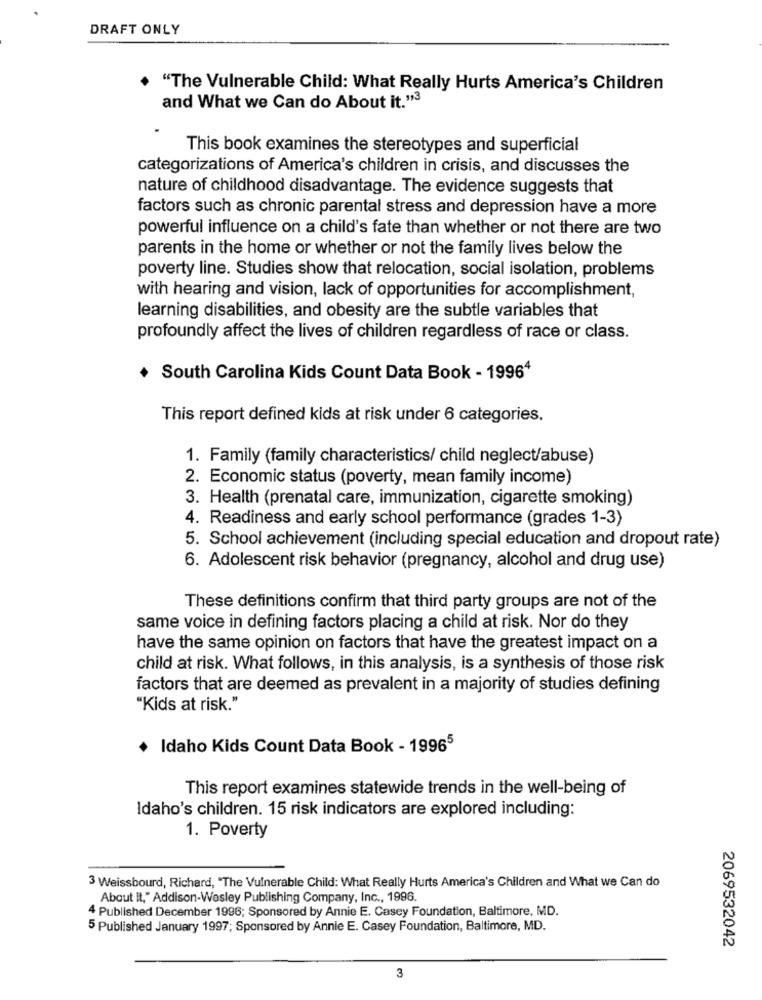
DRAFT ONLY
"The Vulnerable Child: What Really Hurts America's Children
and What we Can do About it."3
This book examines the stereotypes and superficial
categorizations of America's children in crisis, and discusses the
nature of childhood disadvantage. The evidence suggests that
factors such as chronic parental stress and depression have a more
powerful influence on a child's fate than whether or not there are two
parents in the home or whether or not the family lives below the
poverty line. Studies show that relocation, social isolation, problems
with hearing and vision, lack of opportunities for accomplishment,
learning disabilities, and obesity are the subtle variables that
profoundly affect the lives of children regardless of race or class.
South Carolina Kids Count Data Book - 19964
This report defined kids at risk under 6 categories.
1. Family (family characteristics/ child neglect/abuse)
2. Economic status (poverty, mean family income)
3. Health (prenatal care, immunization, cigarette smoking)
4. Readiness and early school performance (grades 1-3)
5. School achievement (including special education and dropout rate)
6. Adolescent risk behavior (pregnancy, alcohol and drug use)
These definitions confirm that third party groups are not of the
same voice in defining factors placing a child at risk. Nor do they
have the same opinion on factors that have the greatest impact on a
child at risk. What follows, in this analysis, is a synthesis of those risk
factors that are deemed as prevalent in a majority of studies defining
"Kids at risk."
Idaho Kids Count Data Book - 19965
This report examines statewide trends in the well-being of
Idaho's children. 15 risk indicators are explored including:
1. Poverty
3 Weissbourd, Richard, "The Vulnerable Child: What Really Hurts America's Children and What we Can do
About it," Addison-Wesley Publishing Company, Inc ., 1996
4 Published December 1996; Sponsored by Annie E. Casey Foundation, Baltimore, MD.
5 Published January 1997; Sponsored by Annie E. Casey Foundation, Baltimore, MD.
2069532042
3